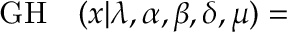
\begin{array} { r l } { \mathrm { \cal G H } } & { { } ( x | \lambda , \alpha , \beta , \delta , \mu ) = } \end{array}